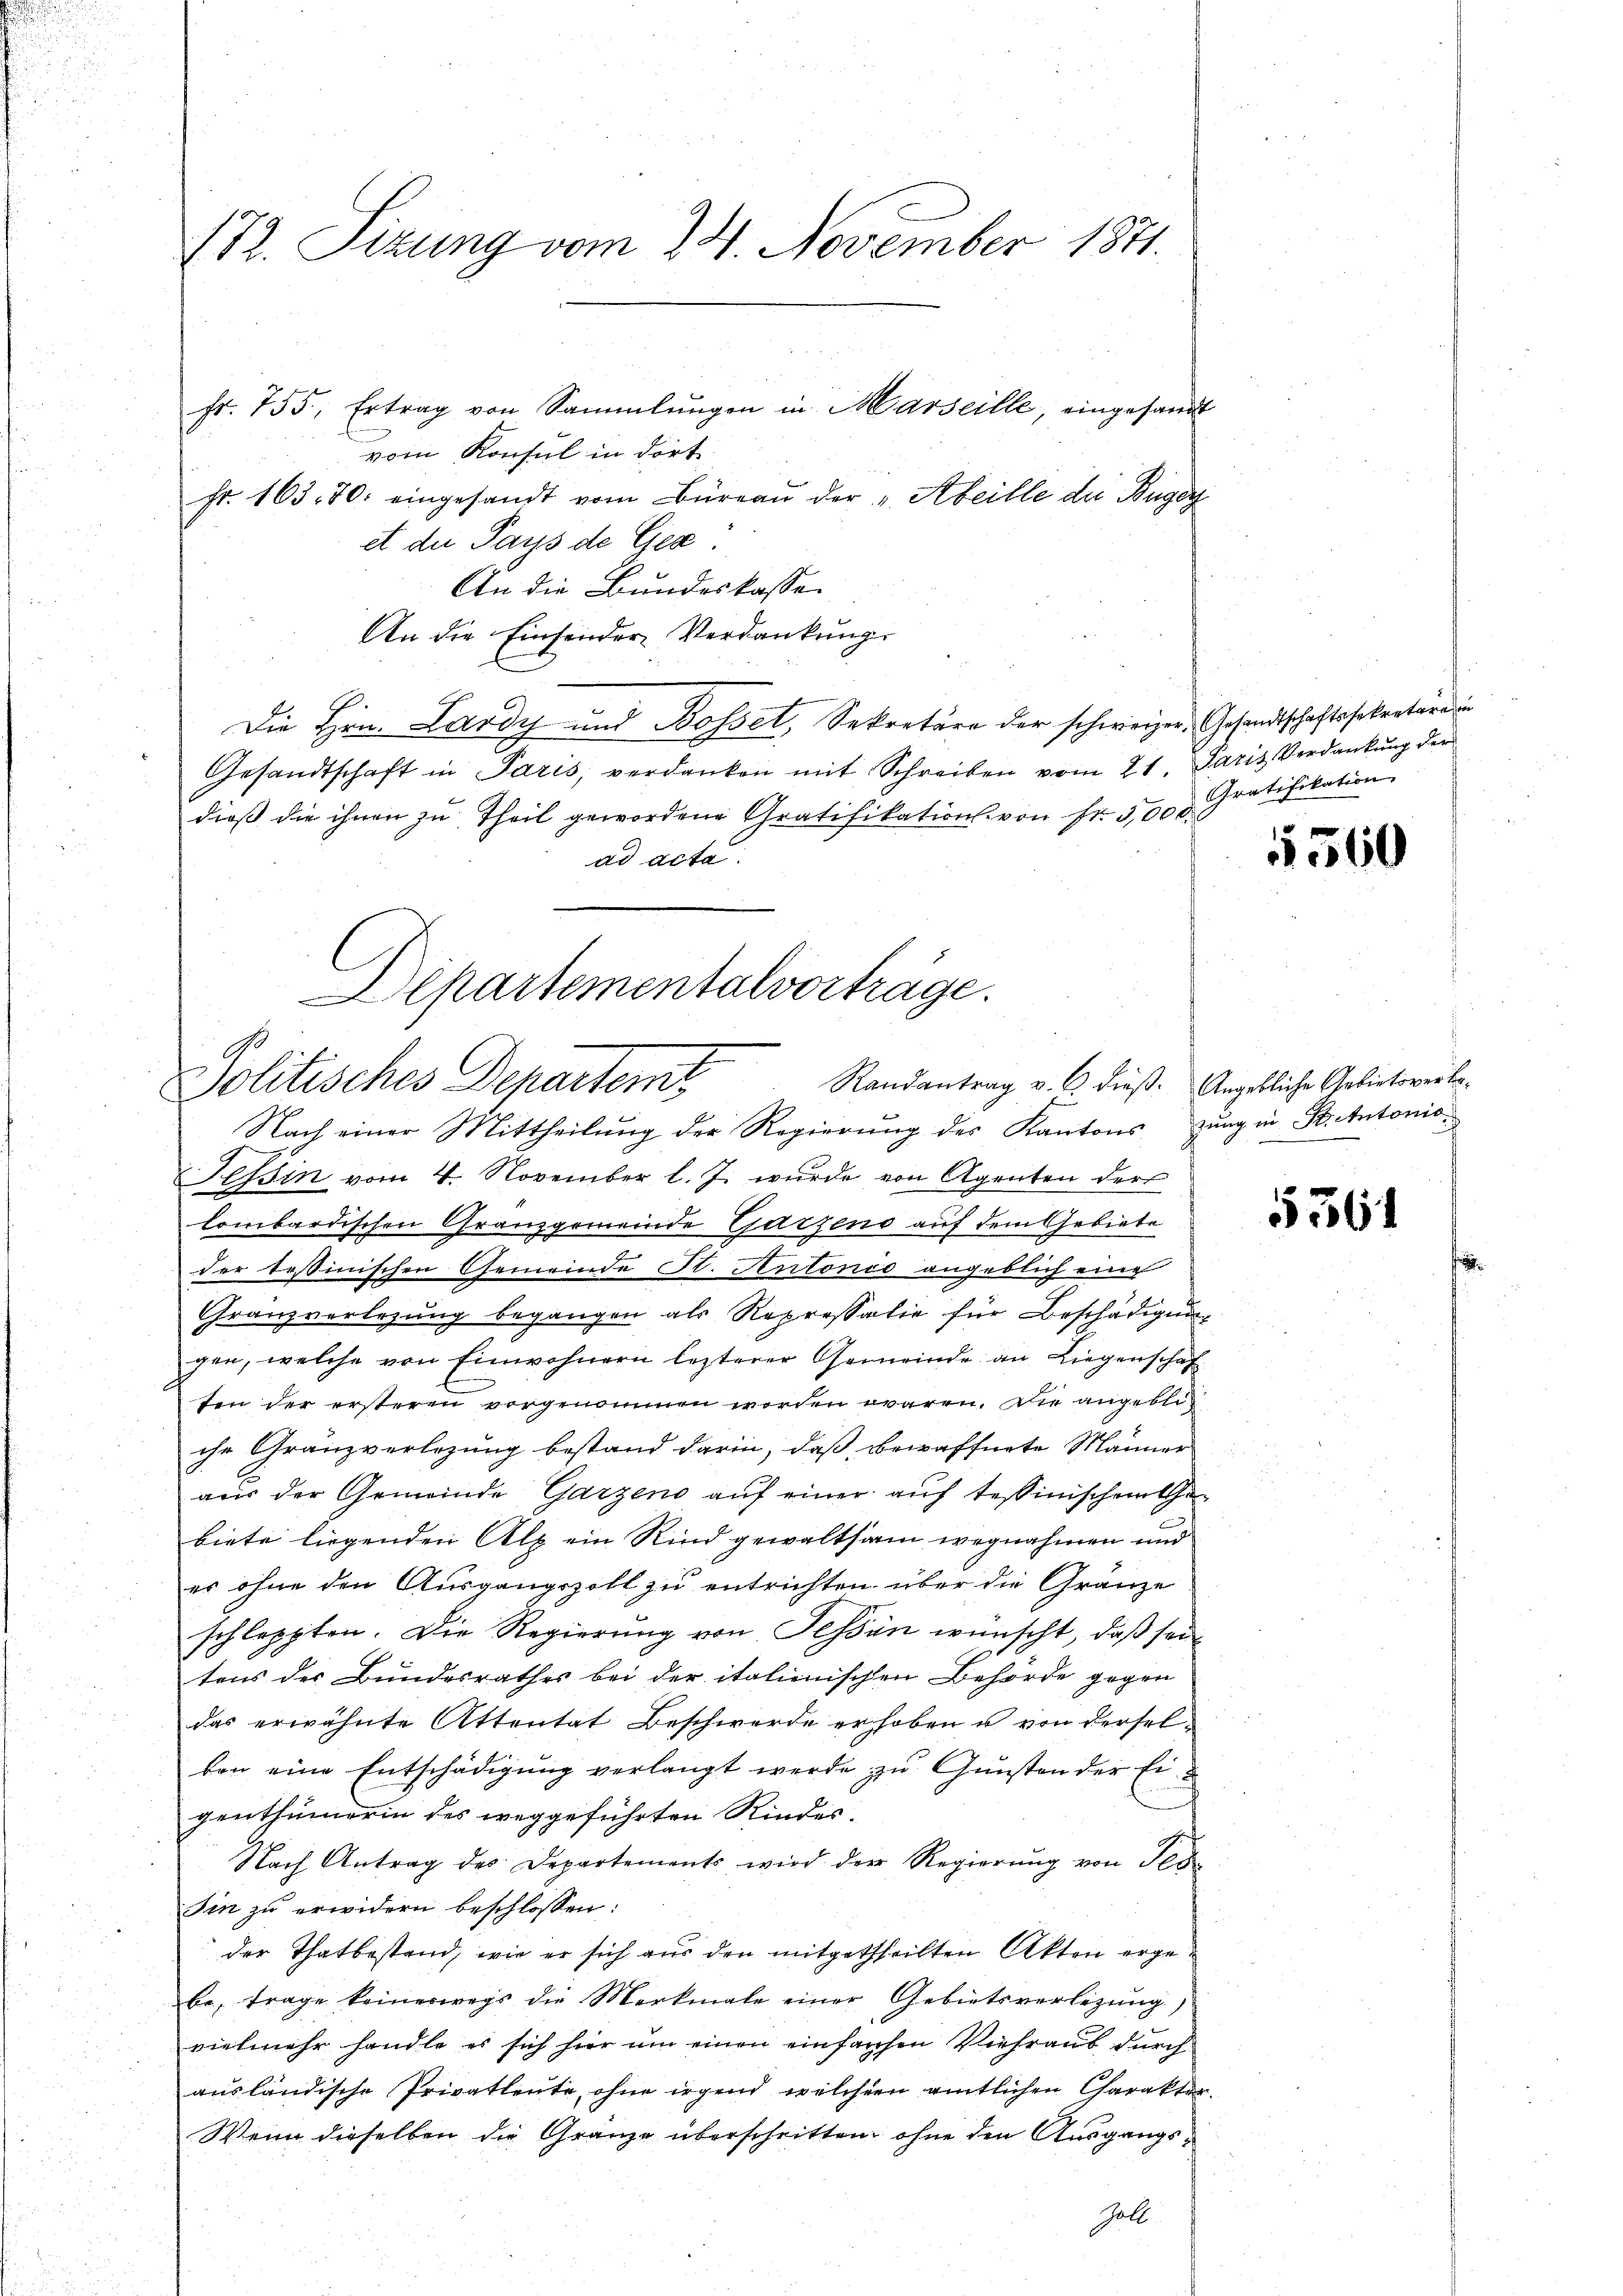
172. Sizung vom 24. November 1871.

fr. 755, Ertrag von Sammlungen in Marseille, eingesandt
vom Konsul in dort
fr. 163. 70. eingesandt vom Büreaŭ der „Abeille der Buger
et die Pays de Ges.
An die Bundeskasse
An die Einsender Verdankung.
Die Hrn. Lardy und Bossel, Sekretäre der schweizer, Gesandtschaftssekretarii un
Gesandtschaft in Paris, verdanken mit Schreiben vom 21. Paris Verdankŭng der
dieß die ihnen zu Theil gewordene Gratifikation von Fr. 5,000.
ad acta.
Nach einer Mittheilung der Regierung des Kantons zung in St. Antonis
Tessin vom 4. November l. J. wurde von Agenten der
lombardischen Granzgemeinde Garzens auf dem Gebiete
der tessinischen Gemeinde St. Antonio angeblich eine
Granz verlegŭng begangen als Repressalie für Beschädigŭng
gen, welche von Einwohnern lezterer Gemeinde an Liegenschaf
ten der ersteren vorgenommen worden waren. Die angebliche Granzverlegung bestand darin, daß bewaffnete Männer
aus der Gemeinde Garzens auf einer auf tessinischen Gebiete liegenden Alp ein Kind gewaltsam wegnahmen und
es ohne den Ausgangszoll zu entrichten über die Gränze
schleppten. Die Regierung von Tessin wünscht, daß seitens der Bundesrathes bei der italienischen Behörde gegen
das erwähnte Attentat Beschwerde erhoben u von derselben eine Entschädigung verlangt werde zu Gunsten der Ei
genthümerin des weggeführten Kindes-
Nach Antrag des Departements wird der Regierŭng von Tes
Sin zŭ erwidern beschlossen:
der Thatbestand, wie er sich aus den mitgetheilten Akten ergebe, frage keineswegs die Merkmale einer Gebietsverlegŭng
vielmehr handle es sich hier um einen einfarchen Viehraus durch
ausländische Privatleute, ohne irgend welcher amtlichen Charakter
Wenn dieselben die Granze überschritten, ohne den Ausgangs¬
Gall

Departementalvorträge.
Randantrag v. 6. dieß. Angebliche Gebietsverba¬
Politisches Departem

Gratifikation

1360

5361